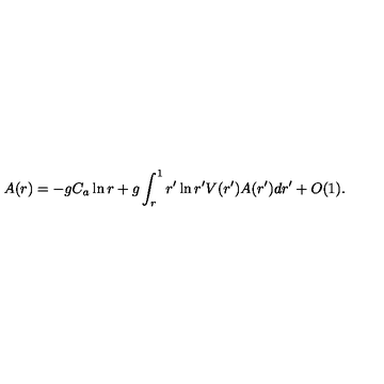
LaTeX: A ( r ) = - g C _ { a } \ln r + g \int _ { r } ^ { 1 } r ^ { \prime } \ln r ^ { \prime } V ( r ^ { \prime } ) A ( r ^ { \prime } ) d r ^ { \prime } + O ( 1 ) .